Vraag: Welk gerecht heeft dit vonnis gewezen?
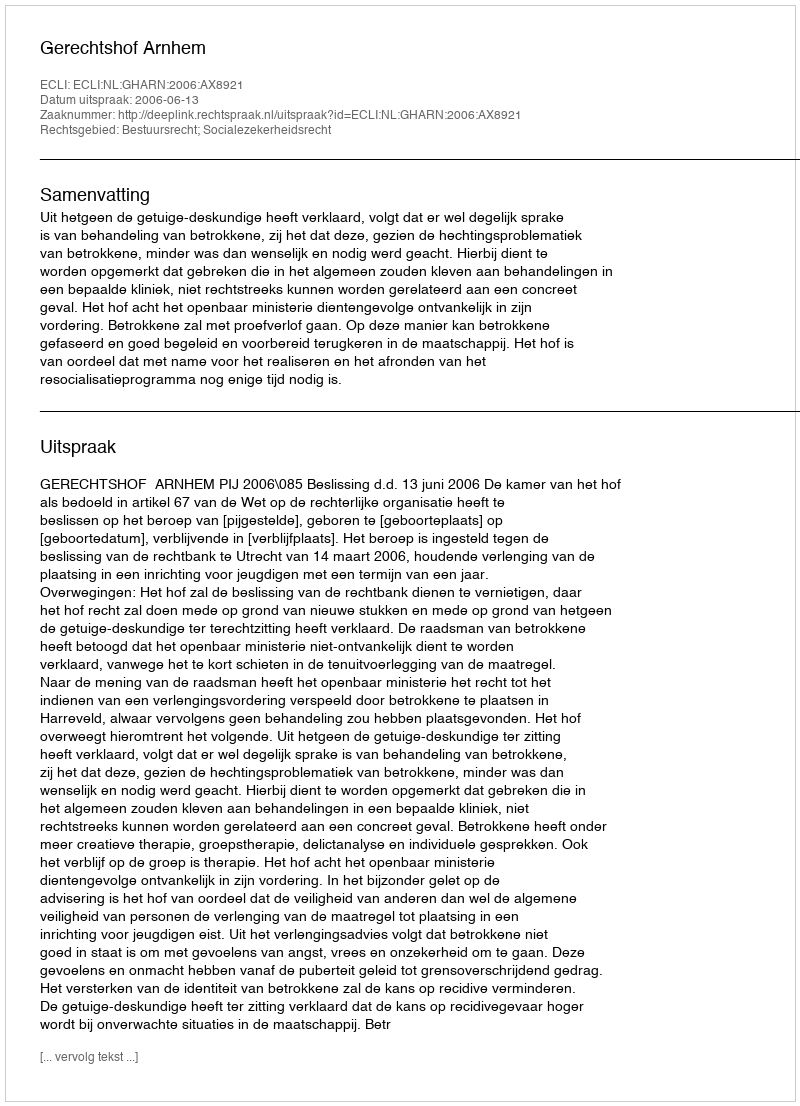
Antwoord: Gerechtshof Arnhem